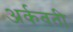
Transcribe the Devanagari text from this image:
अर्कवती